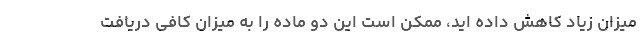
میزان زیاد کاهش داده اید، ممکن است این دو ماده را به میزان کافی دریافت